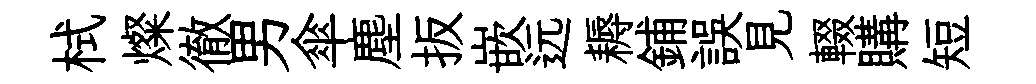
栻燦徹男傘塵扳嵌远耨鋪誤見輟購短